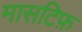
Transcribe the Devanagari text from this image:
मासटिफ़